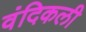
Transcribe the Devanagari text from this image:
वंदिकली